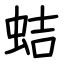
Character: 蛣